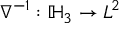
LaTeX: \nabla ^ { - 1 } : \mathbb { H } _ { 3 } \to L ^ { 2 }